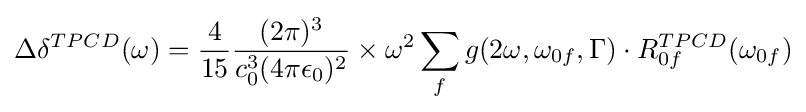
\Delta \delta ^{TPCD}(\omega )={\frac {4}{15}}{\frac {(2\pi )^{3}}{c_{0}^{3}(4\pi \epsilon _{0})^{2}}}\times \omega ^{2}\sum _{f}g(2\omega ,\omega _{0f},\Gamma )\cdot R_{0f}^{TPCD}(\omega _{0f})